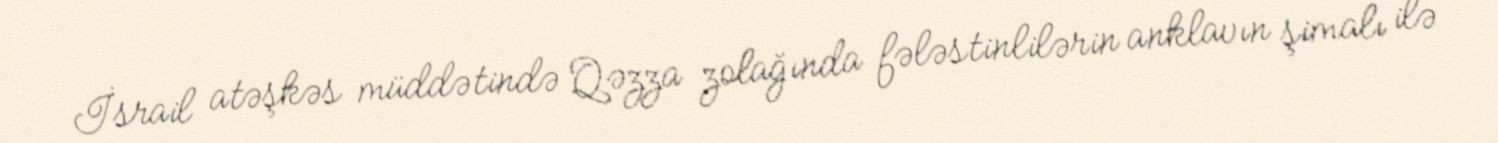
İsrail atəşkəs müddətində Qəzza zolağında fələstinlilərin anklavın şimalı ilə